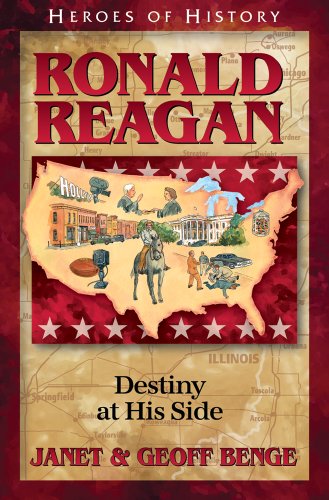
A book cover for Ronald Reagan: Destiny at His Side (Heroes of History); Janet Benge; Children's Books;